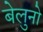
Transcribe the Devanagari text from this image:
बेलुनो